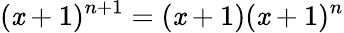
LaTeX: (\mathit{x}+1)^{n+1}=(\mathit{x}+1)(\mathit{x}+1)^{n}